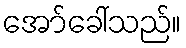
အော်ခေါ်သည်။